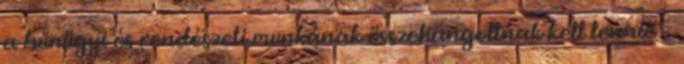
a bűnügyi és rendészeti munkának összehangoltnak kell lennie –